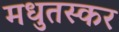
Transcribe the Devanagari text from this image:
मधुतस्कर